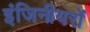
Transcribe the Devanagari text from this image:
इंजिनीयरों